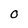
Character: O